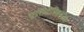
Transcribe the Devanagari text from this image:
एसिटेल्डिहाइड